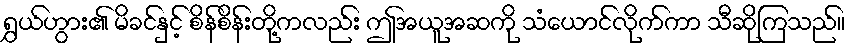
ရွှယ်ဟွား၏ မိခင်နှင့် စိန်စိန်းတို့ကလည်း ဤအယူအဆကို သံယောင်လိုက်ကာ သီဆိုကြသည်။